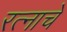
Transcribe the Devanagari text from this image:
रत्नाचे